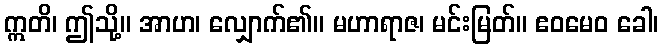
ဣတိ၊ ဤသို့။ အာဟ၊ လျှောက်၏။ မဟာရာဇ၊ မင်းမြတ်။ ဧဝမေဝ ခေါ၊